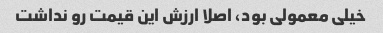
خیلی معمولی بود، اصلا ارزش این قیمت رو نداشت